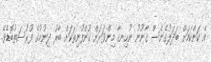
އެ ކަންކަމަށް ބަދަލުގެނެސް ގާނޫނު ނުހިނގާ މިންވަރަށް ކުންފުނިތަކަށް ބާރު ދިނުމުގެ ފުރުސަތުބޮޑެވެ.